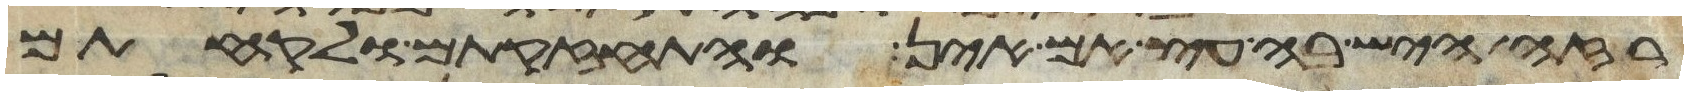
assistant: רזה היש בה עץ אם אין והתחזקתם ולקחתם